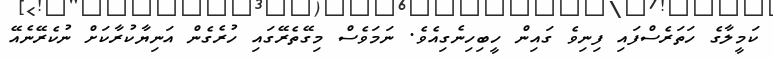
ކަމީލާގެ ހަތަރެސްފައި ފިނިވެ ގައިން ހީބިހިނެގިއެވެ. ނަމަވެސް މިގޭތެރޭގައި ހުރެގެން އަނިޔާކުރާކަށް ނުކެރޭނެއޭ